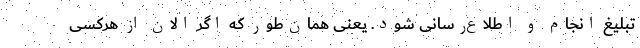
تبلیغ انجام و اطلاع‌رسانی شود. یعنی همان‌طور که اگر الان از هرکسی